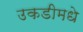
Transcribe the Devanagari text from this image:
उकडीमधे